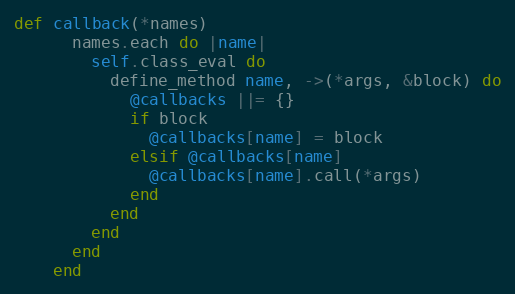
Language: Ruby
def callback(*names)
      names.each do |name|
        self.class_eval do
          define_method name, ->(*args, &block) do
            @callbacks ||= {}
            if block
              @callbacks[name] = block
            elsif @callbacks[name]
              @callbacks[name].call(*args)
            end
          end
        end
      end
    end